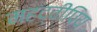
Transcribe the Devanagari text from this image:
महद्वीपिय